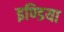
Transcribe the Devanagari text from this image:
इण्‍डिया